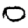
Digit: 0